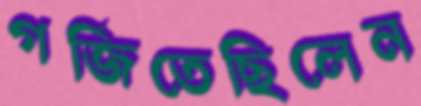
গর্জিতেছিলেন